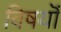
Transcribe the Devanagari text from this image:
विषयॊं